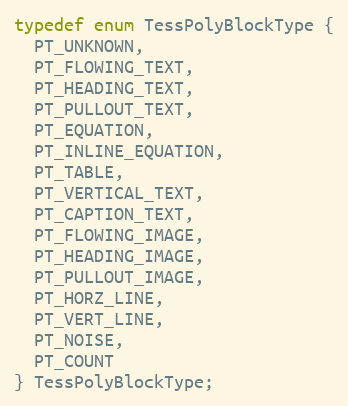
Language: C
typedef enum TessPolyBlockType {
  PT_UNKNOWN,
  PT_FLOWING_TEXT,
  PT_HEADING_TEXT,
  PT_PULLOUT_TEXT,
  PT_EQUATION,
  PT_INLINE_EQUATION,
  PT_TABLE,
  PT_VERTICAL_TEXT,
  PT_CAPTION_TEXT,
  PT_FLOWING_IMAGE,
  PT_HEADING_IMAGE,
  PT_PULLOUT_IMAGE,
  PT_HORZ_LINE,
  PT_VERT_LINE,
  PT_NOISE,
  PT_COUNT
} TessPolyBlockType;